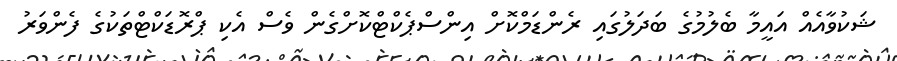
ޝަކުވާއެއް އައީމާ ބެލުމުގެ ބަދަލުގައި ރެންޑަމްކޮށް އިންސްޕެކްޓްކޮށްގެން ވެސް އެކި ޕްރޮޑަކްޓްތަކުގެ ފެންވަރު